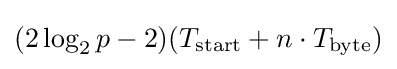
(2\log _{2}p-2)(T_{\mathrm {start} }+n\cdot T_{\mathrm {byte} })